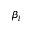
\beta _ { i }